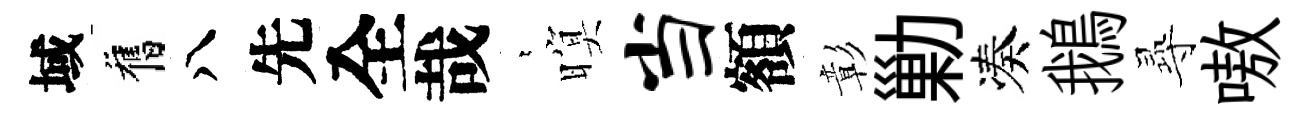
域舊八先全哉萋暝当額彰勦凑鵝𡬶嗷